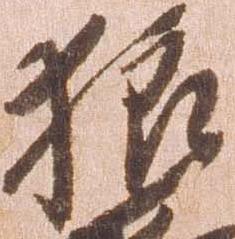
狼